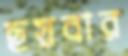
ছয়বার